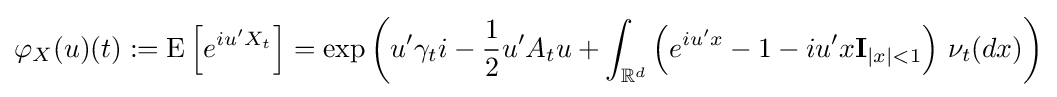
\varphi _{X}(u)(t):=\operatorname {E} \left[e^{iu'X_{t}}\right]=\exp \left(u'\gamma _{t}i-{\frac {1}{2}}u'A_{t}u+\int _{\mathbb {R} ^{d}}\left(e^{iu'x}-1-iu'x\mathbf {I} _{|x|<1}\right)\,\nu _{t}(dx)\right)